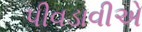
પીવડાવીએ